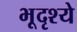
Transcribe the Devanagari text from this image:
भूदृश्ये